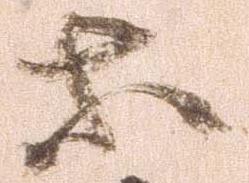
等